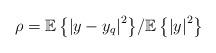
LaTeX: \begin{align*}\rho = {{\mathbb{E}\left\{ {{{\left| {y - {y_q}} \right|}^2}} \right\}}}/ {{\mathbb{E}\left\{ {{{\left| y \right|}^2}} \right\}}}\end{align*}